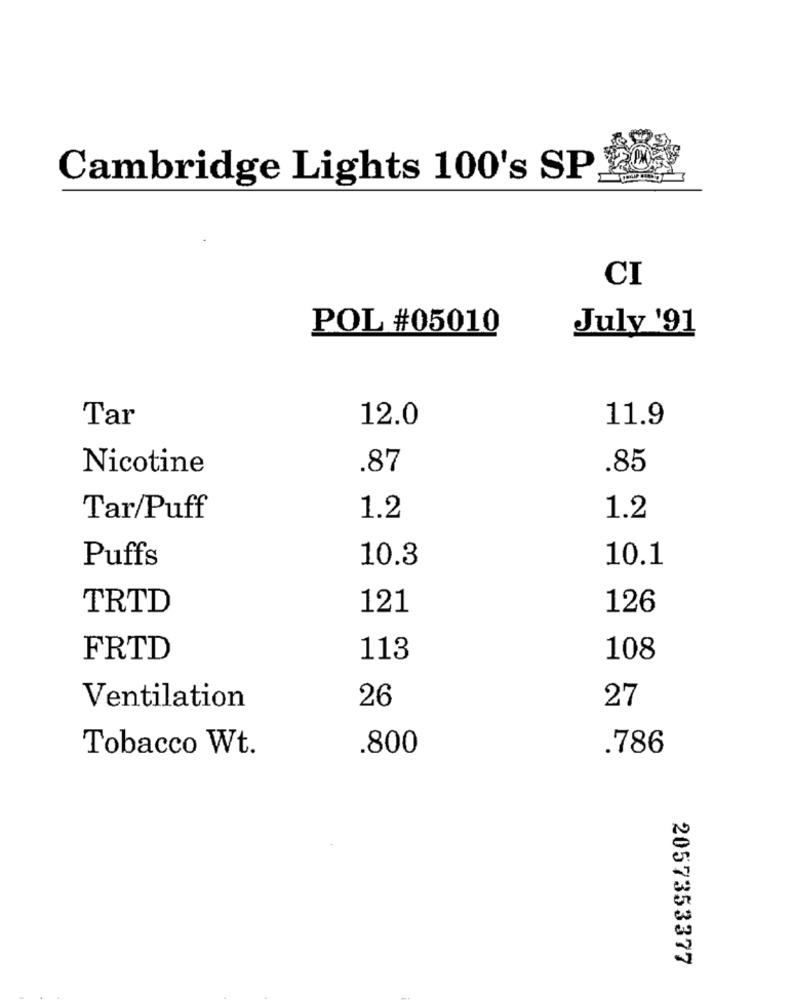
Cambridge Lights 100's SP
CI
July '91
POL #05010
Tar
12.0
11.9
Nicotine
.87
.85
Tar/Puff
1.2
1.2
Puffs
10.3
10.1
TRTD
121
126
FRTD
113
108
27
Ventilation
26
Tobacco Wt.
.800
.786
2057353377